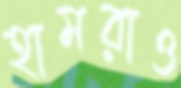
হামরাও